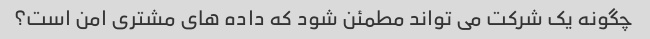
چگونه یک شرکت می تواند مطمئن شود که داده های مشتری امن است؟